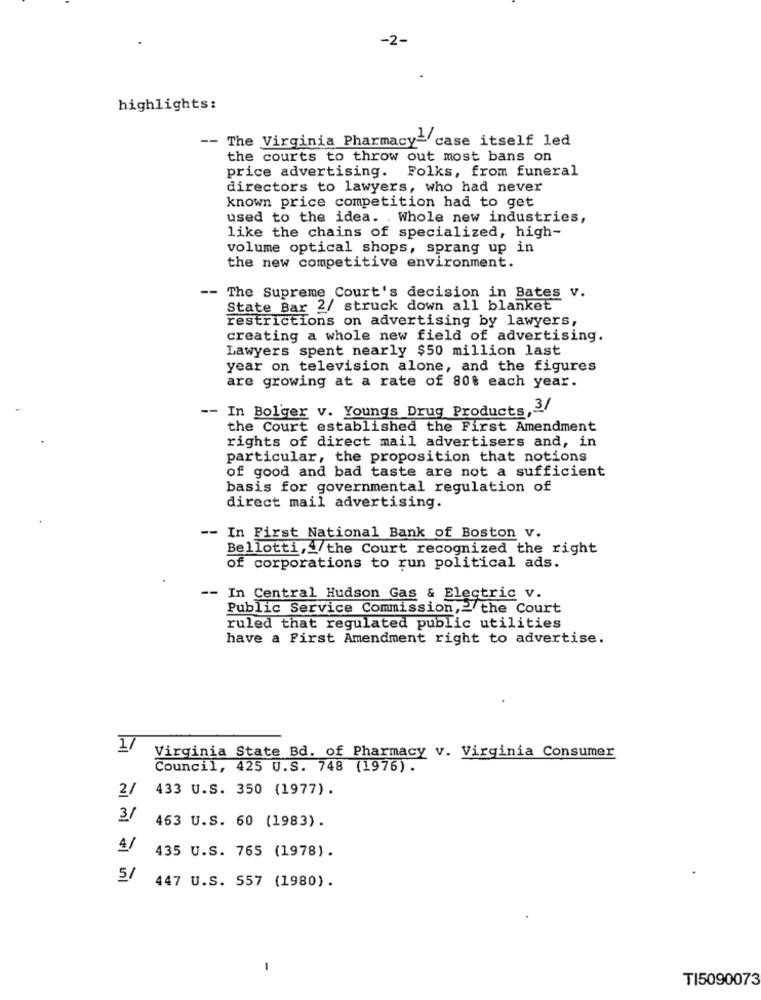
-2-
highlights:
-- The Virginia Pharmacy- case itself led
the courts to throw out most bans on
price advertising.
Folks, from funeral
directors to lawyers, who had never
known price competition had to get
used to the idea. . Whole new industries,
like the chains of specialized, high-
volume optical shops, sprang up in
the new competitive environment.
-- The Supreme Court's decision in Bates v.
State Bar 2/ struck down all blanket
restrictions on advertising by lawyers,
creating a whole new field of advertising.
Lawyers spent nearly $50 million last
year on television alone, and the figures
are growing at a rate of 80% each year.
-- In Bolger v. Youngs Drug Products,3
the Court established the First Amendment
rights of direct mail advertisers and, in
particular, the proposition that notions
of good and bad taste are not a sufficient
basis for governmental regulation of
direct mail advertising.
--
In First National Bank of Boston v.
Bellotti, 4 the Court recognized the right
of corporations to run political ads.
-- In Central Hudson Gas & Electric v.
Public Service Commission,2/ the Court
ruled that regulated public utilities
have a First Amendment right to advertise.
1/
Virginia State Bd. of Pharmacy v. Virginia Consumer
Council, 425 U.S. 748 (1976) .
2/
433 U.S. 350 (1977).
3/
463 U.S. 60 (1983).
4/
435 U.S. 765 (1978).
5/
447 U.S. 557 (1980).
-
TI5090073